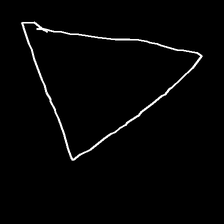
Glyph: convergence